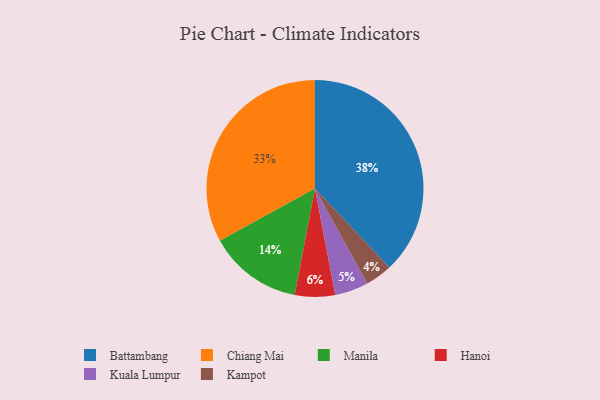
{"axis": {"x": "Category", "y": "Percentage"}, "legend": ["Battambang", "Chiang Mai", "Hanoi", "Kampot", "Kuala Lumpur", "Manila"], "data": [{"x": "Battambang", "y": 38, "type": "Battambang"}, {"x": "Chiang Mai", "y": 33, "type": "Chiang Mai"}, {"x": "Manila", "y": 14, "type": "Manila"}, {"x": "Kampot", "y": 4, "type": "Kampot"}, {"x": "Hanoi", "y": 6, "type": "Hanoi"}, {"x": "Kuala Lumpur", "y": 5, "type": "Kuala Lumpur"}]}